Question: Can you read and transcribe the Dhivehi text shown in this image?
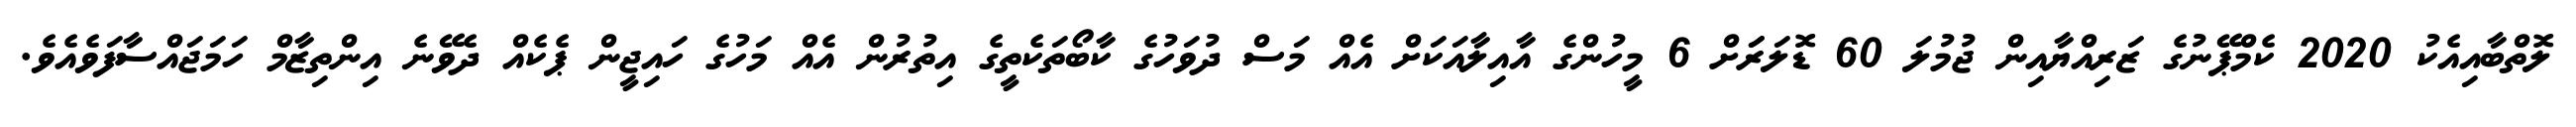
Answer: ލޮތްބާއިއެކު 2020 ކެމްޕޭނުގެ ޒަރިއްޔާއިން ޖުމުލަ 60 ޑޮލަރަަށް 6 މީހުންގެ އާއިލާއަކަށް އެއް މަސް ދުވަހުގެ ކާބޯތަކެތީގެ އިތުރުން އެއް މަހުގެ ހައިޖީން ޕެކެއް ދެވޭނެ އިންތިޒާމް ހަމަޖައްސާފަވެއެވެ.